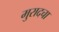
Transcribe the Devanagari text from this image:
मुरादचा